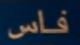
فاس